Senior Leaving Certificate Examination (including Day School Certificate (Higher) General paper), 1946
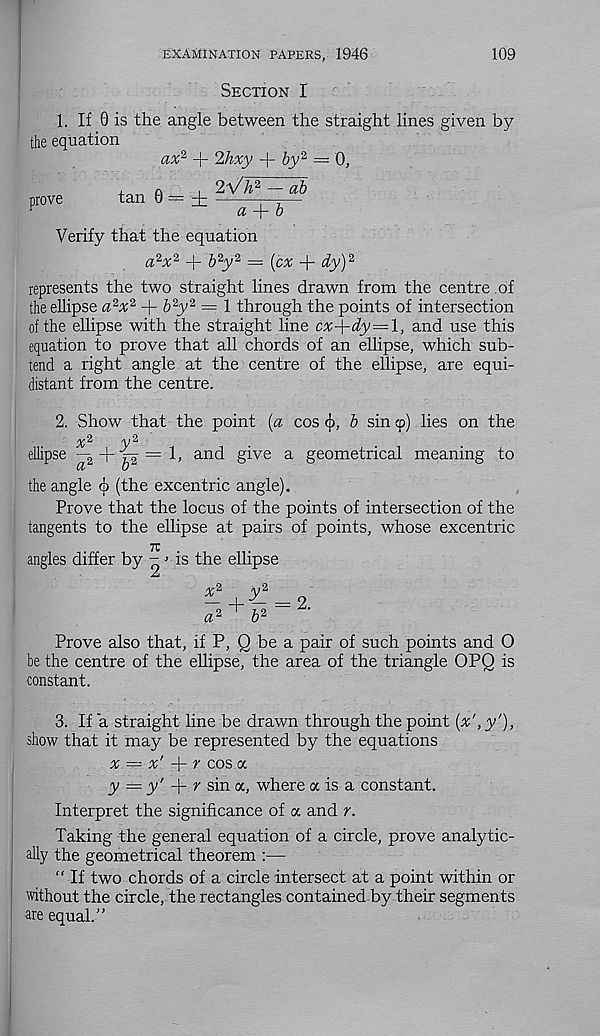
examination papers, 1946
109
Section I
1. If 0 is the angle between the straight lines given by
the equation
ax' 1 + 2hxy -f by 1 — 0,
, ori o _ i 2-Vh 1 — ab
prove
tan 0 —
1—-—
r
a -{-b
Verify that the equation
a% 2 + & 2 y 2 = (cx + dy) 1
represents the two straight lines drawn from the centre of
the ellipse a^x 1 + b 2 y 2 = 1 through the points of intersection
of the ellipse with the straight line cx-\-dy—\, and use this
equation to prove that all chords of an ellipse, which sub-
tend a right angle at the centre of the ellipse, are equi-
distant from the centre.
2. Show that the point [a cos cj), b sin <p) lies on the
✓v
y ■
ellipse -g-f-•^2 = 1, and give a geometrical meaning to
a
o
the angle cb (the excentric angle).
Prove that the locus of the points of intersection of the
tangents to the ellipse at pairs of points, whose excentric
tt:
angles differ by - -» is the ellipse
x 1
y 2
7 2 + S 2 = 2.
Prove also that, if P, Q be a pair of such points and 0
be the centre of the ellipse, the area of the triangle OPQ is
constant.
3. If a straight line be drawn through the point [x', y'),
show that it may be represented by the equations
x = x'
r cos a
y — y'
r sin a, where a is a constant.
Interpret the significance of a and r.
Taking the general equation of a circle, prove analytic-
ally the geometrical theorem :—
“ If two chords of a circle intersect at a point within or
without the circle, the rectangles contained by their segments
are equal.”